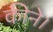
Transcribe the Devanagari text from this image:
कीने।